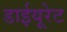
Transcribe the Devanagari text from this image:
डाईयूरेट